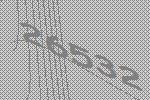
26532